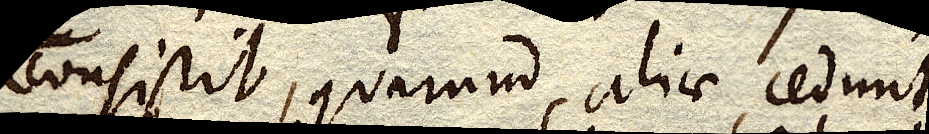
consistit, quarum aliae cedunt